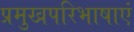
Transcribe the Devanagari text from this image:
प्रमुखपरिभाषाएं